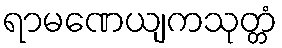
ရာမဏေယျကသုတ္တံ